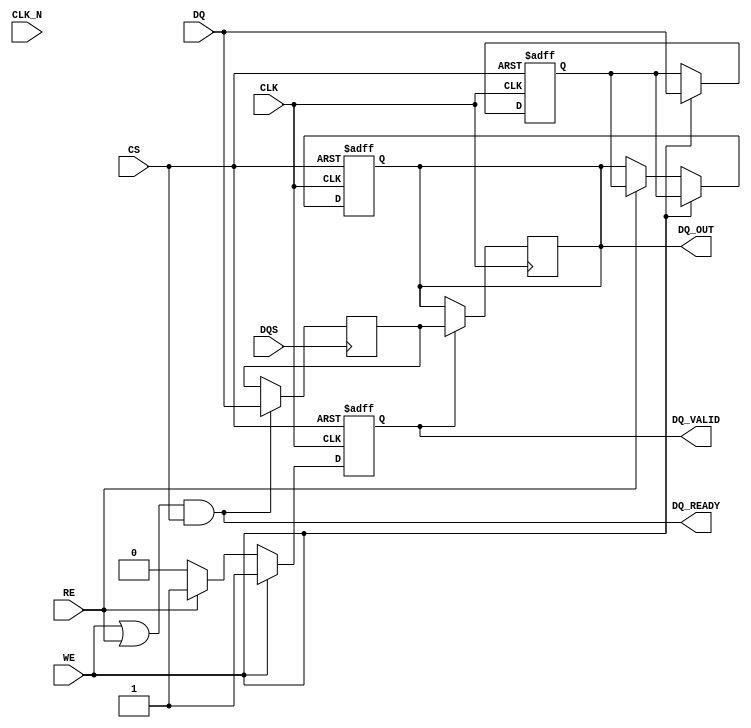
module gddr2_io_block (
    input wire [15:0] DQ,          // Data input/output
    input wire CLK,                 // Clock input
    input wire CLK_N,               // Inverted clock input
    input wire CS,                  // Chip select
    input wire WE,                  // Write enable
    input wire RE,                  // Read enable
    input wire DQS,                 // Data strobe
    output reg [15:0] DQ_OUT,       // Data output
    output reg DQ_VALID,            // Data valid signal
    output wire DQ_READY            // Data ready signal
);

// Internal signals
reg [15:0] data_buffer;            // Buffer for data
reg [15:0] data_out_buffer;        // Buffer for output data

// Control logic for read and write operations
always @(posedge CLK or negedge CS) begin
    if (!CS) begin
        // Chip select is low, reset buffers
        data_buffer <= 16'b0;
        DQ_OUT <= 16'b0;
        DQ_VALID <= 1'b0;
    end else begin
        if (WE) begin
            // Write operation
            data_buffer <= DQ;         // Store incoming data
            DQ_OUT <= data_buffer;     // Output data
            DQ_VALID <= 1'b1;          // Set data valid
        end else if (RE) begin
            // Read operation
            DQ_OUT <= data_buffer;     // Read data from buffer
            DQ_VALID <= 1'b1;          // Set data valid
        end else begin
            DQ_VALID <= 1'b0;          // Clear data valid if no operation
        end
    end
end

// DQ ready signal logic
assign DQ_READY = (WE || RE) && (CS);

// Output buffer for driving signals (could include drive strength control)
always @(posedge CLK) begin
    if (DQ_VALID) begin
        // Drive output data on valid signal
        DQ_OUT <= data_out_buffer;
    end
end

// Input buffer for incoming data (simple level shifting)
always @(posedge DQS) begin
    if (DQ_READY) begin
        // Buffer incoming data on DQS rising edge
        data_out_buffer <= DQ;
    end
end

endmodule